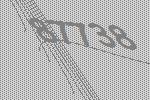
87738